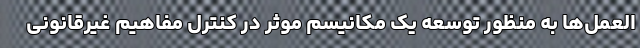
العمل‌ها به منظور توسعه یک مکانیسم موثر در کنترل مفاهیم غیرقانونی